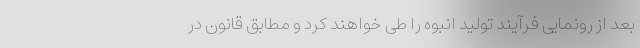
بعد از رونمایی فرآیند تولید انبوه را طی خواهند کرد و مطابق قانون در